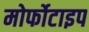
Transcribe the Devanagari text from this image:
मोर्फोटाइप